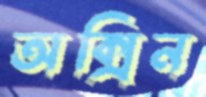
অক্সিন